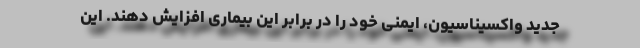
جدید واکسیناسیون، ایمنی خود را در برابر این بیماری افزایش دهند. این